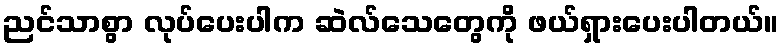
ညင်သာစွာ လုပ်ပေးပါက ဆဲလ်သေတွေကို ဖယ်ရှားပေးပါတယ်။